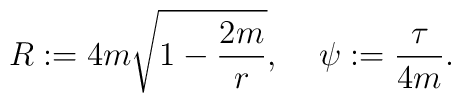
R:=4m\sqrt{1-{2m\over r}},\:\:\:\:\:\psi:={\tau\over 4m}.